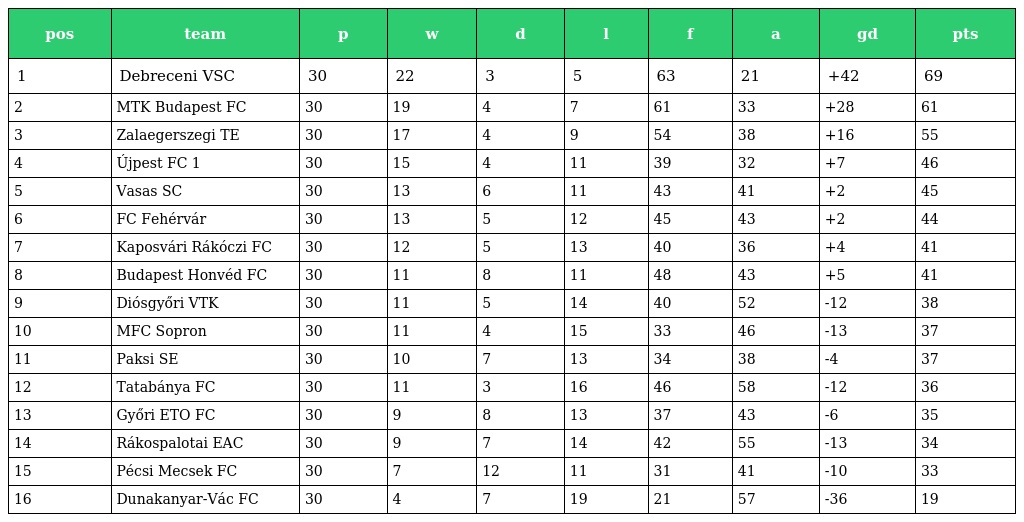
| pos | team | p | w | d | l | f | a | gd | pts |
 | --- | --- | --- | --- | --- | --- | --- | --- | --- | --- |
 | 1 | Debreceni VSC | 30 | 22 | 3 | 5 | 63 | 21 | +42 | 69 |
 | 2 | MTK Budapest FC | 30 | 19 | 4 | 7 | 61 | 33 | +28 | 61 |
 | 3 | Zalaegerszegi TE | 30 | 17 | 4 | 9 | 54 | 38 | +16 | 55 |
 | 4 | Újpest FC 1 | 30 | 15 | 4 | 11 | 39 | 32 | +7 | 46 |
 | 5 | Vasas SC | 30 | 13 | 6 | 11 | 43 | 41 | +2 | 45 |
 | 6 | FC Fehérvár | 30 | 13 | 5 | 12 | 45 | 43 | +2 | 44 |
 | 7 | Kaposvári Rákóczi FC | 30 | 12 | 5 | 13 | 40 | 36 | +4 | 41 |
 | 8 | Budapest Honvéd FC | 30 | 11 | 8 | 11 | 48 | 43 | +5 | 41 |
 | 9 | Diósgyőri VTK | 30 | 11 | 5 | 14 | 40 | 52 | -12 | 38 |
 | 10 | MFC Sopron | 30 | 11 | 4 | 15 | 33 | 46 | -13 | 37 |
 | 11 | Paksi SE | 30 | 10 | 7 | 13 | 34 | 38 | -4 | 37 |
 | 12 | Tatabánya FC | 30 | 11 | 3 | 16 | 46 | 58 | -12 | 36 |
 | 13 | Győri ETO FC | 30 | 9 | 8 | 13 | 37 | 43 | -6 | 35 |
 | 14 | Rákospalotai EAC | 30 | 9 | 7 | 14 | 42 | 55 | -13 | 34 |
 | 15 | Pécsi Mecsek FC | 30 | 7 | 12 | 11 | 31 | 41 | -10 | 33 |
 | 16 | Dunakanyar-Vác FC | 30 | 4 | 7 | 19 | 21 | 57 | -36 | 19 |